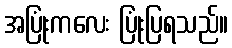
အပြုံးကလေး ပြုံးပြရသည်။